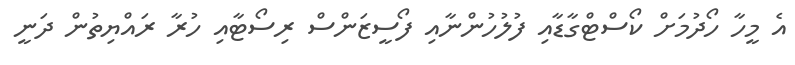
އެ މީހާ ހޯދުމަށް ކޯސްޓްގާޑާއި ފުލުހުންނާއި ފޯސީޒަންސް ރިސޯޓާއި ހުރާ ރައްޔިތުން ދަނީ